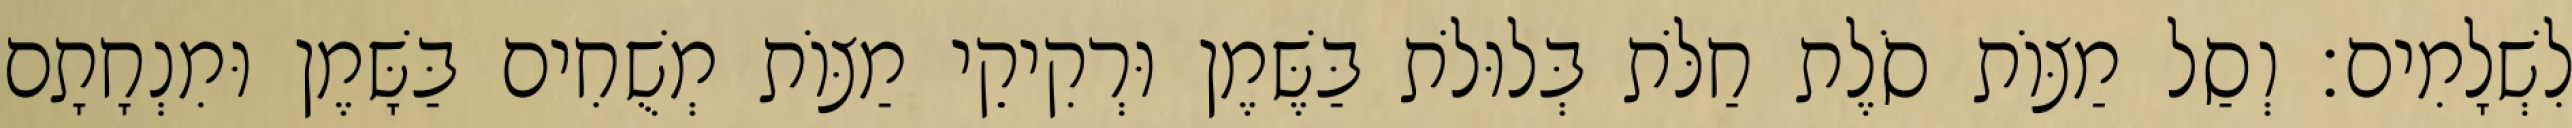
לִשְׁלָמִים׃ וְסַל מַצּוֹת סֹלֶת חַלֹּת בְּלוּלֹת בַּשֶּׁמֶן וּרְקִיקֵי מַצּוֹת מְשֻׁחִים בַּשָּׁמֶן וּמִנְחָתָם